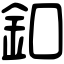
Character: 釦